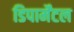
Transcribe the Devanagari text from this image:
डिपार्मेंटल